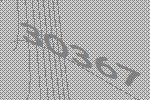
30367